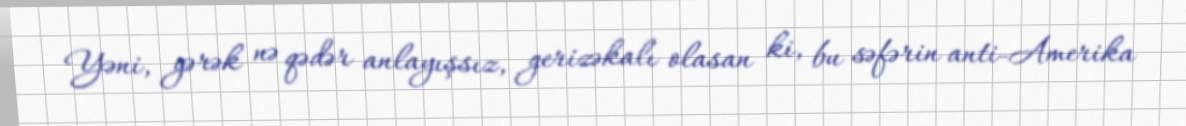
Yəni, gərək nə qədər anlayışsız, gerizəkalı olasan ki, bu səfərin anti-Amerika